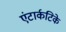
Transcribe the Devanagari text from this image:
एंटार्कटिके